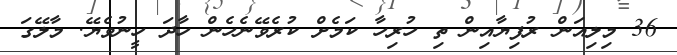
36 މިލިއަން ރުފިޔާއިން ތި ހުރިހާ ކަމެށް ކުރެވޭނެހެން ހާދަ ހީނުވެޔޭ. މާލޭގަ